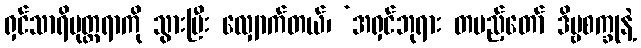
ရှင်သာရိပုတ္တရာကို သွားပြီး လျှောက်တယ်၊ ‘အရှင်ဘုရား တပည့်တော် ဒိဗ္ဗစက္ခုနဲ့